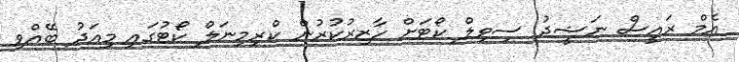
އެމް ރައީސް ނަޝީދު ސިވިލް ކޯޓަށް ހާޒިރުކުރުން ކްރިމިނަލް ކޯޓުގައި މިއަދު ބޭއްވި